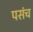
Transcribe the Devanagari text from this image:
पसंच